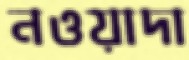
নওয়াদা